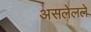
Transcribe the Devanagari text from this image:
असलेलले